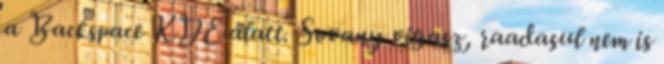
a Backspace KDE alatt. Sovany vigasz, raadasul nem is